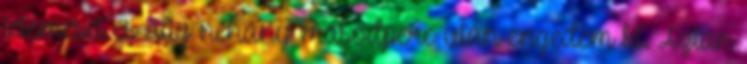
tetemeset és alig néhány másodperc után engedem ki. Aztán